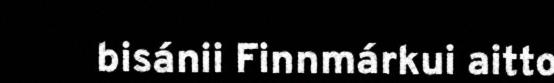
bisánii Finnmárkui aitto